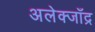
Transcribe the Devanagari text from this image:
अलेक्जाँद्र